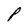
Character: P